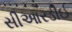
સીઆરડીઈ